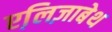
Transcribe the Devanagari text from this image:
एलि़ज़ाबेथ